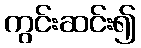
ကွင်းဆင်း၍